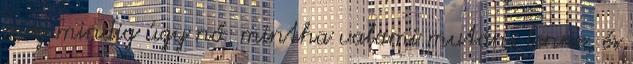
még mindig úgy nő, mintha valami mutáns lenne, és